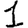
Digit: 1